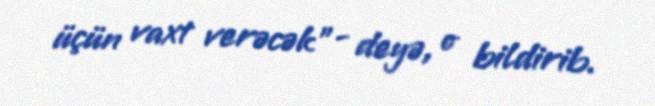
üçün vaxt verəcək”- deyə, o bildirib.